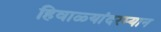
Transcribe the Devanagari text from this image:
हिवाळ्यांदरम्यान